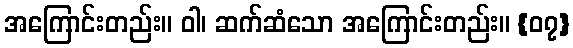
အကြောင်းတည်း။ ဝါ၊ ဆက်ဆံသော အကြောင်းတည်း။ {၀၇}